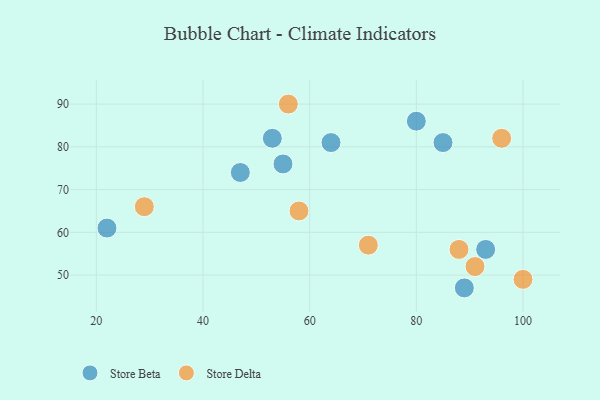
{"axis": {"x": "GDP", "y": "Life Expectancy"}, "legend": ["Store Beta", "Store Delta"], "data": [{"x": "64", "y": 81, "type": "Store Beta"}, {"x": "89", "y": 47, "type": "Store Beta"}, {"x": "55", "y": 76, "type": "Store Beta"}, {"x": "80", "y": 86, "type": "Store Beta"}, {"x": "85", "y": 81, "type": "Store Beta"}, {"x": "53", "y": 82, "type": "Store Beta"}, {"x": "93", "y": 56, "type": "Store Beta"}, {"x": "47", "y": 74, "type": "Store Beta"}, {"x": "22", "y": 61, "type": "Store Beta"}, {"x": "29", "y": 66, "type": "Store Delta"}, {"x": "71", "y": 57, "type": "Store Delta"}, {"x": "58", "y": 65, "type": "Store Delta"}, {"x": "96", "y": 82, "type": "Store Delta"}, {"x": "56", "y": 90, "type": "Store Delta"}, {"x": "88", "y": 56, "type": "Store Delta"}, {"x": "100", "y": 49, "type": "Store Delta"}, {"x": "91", "y": 52, "type": "Store Delta"}]}